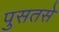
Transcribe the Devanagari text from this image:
पुसतसे